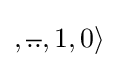
,{\overline {..}},1,0\rangle